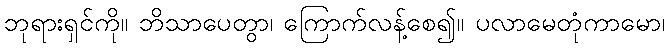
ဘုရားရှင်ကို။ ဘိသာပေတွာ၊ ကြောက်လန့်စေ၍။ ပလာမေတုံကာမော၊